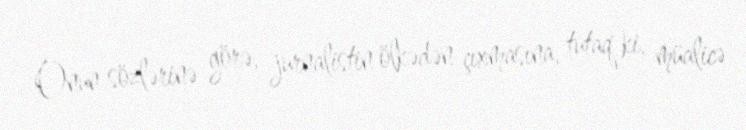
Onun sözlərinə görə, jurnalistin ölkədən çıxmasına, tutaq ki, müalicə